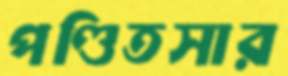
পণ্ডিতসার